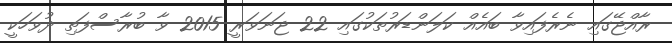
ރާއްޖޭގައި ނެރެފައިވާ ބައެއް ކަލަންޑަރުތަކުގައި 22 ޖަނަވަރީ 2015 ވާ ބުރާސްފަތި ދުވަހަކީ